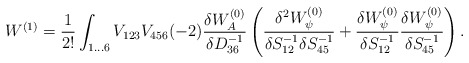
\begin{align*} W^{(1)}=\frac{1}{2!}\int_{1\ldots 6}V_{123}V_{456}(-2)\frac{\delta W_{A}^{(0)}}{\delta D^{-1}_{36}}\left(\frac{\delta^2 W_{\psi}^{(0)}}{\delta S^{-1}_{12}\delta S^{-1}_{45}}+\frac{\delta W_{\psi}^{(0)}}{\delta S^{-1}_{12}}\frac{\delta W_{\psi}^{(0)}}{\delta S^{-1}_{45}}\right).\end{align*}